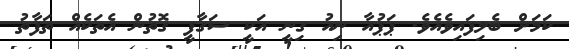
ކަމަށް ބެލިފައިވެއެވެ. ޕަޕުއާ ނިއު ގިނީ އަކީ ސަގާފީ ގޮތުން އެތަކެއް ތަފާތު